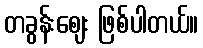
တခွန်းဈေး ဖြစ်ပါတယ်။